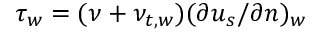
\tau _ { w } = ( \nu + \nu _ { t , w } ) ( \partial { u _ { s } } / \partial { n } ) _ { w }